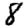
Digit: 8